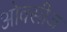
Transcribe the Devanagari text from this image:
ओवसीज